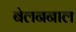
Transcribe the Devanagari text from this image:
बेलननाल